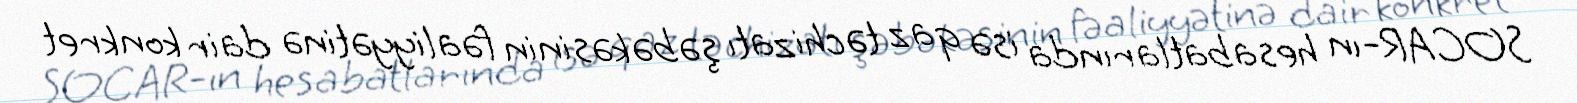
SOCAR-ın hesabatlarında isə qaz təchizatı şəbəkəsinin fəaliyyətinə dair konkret